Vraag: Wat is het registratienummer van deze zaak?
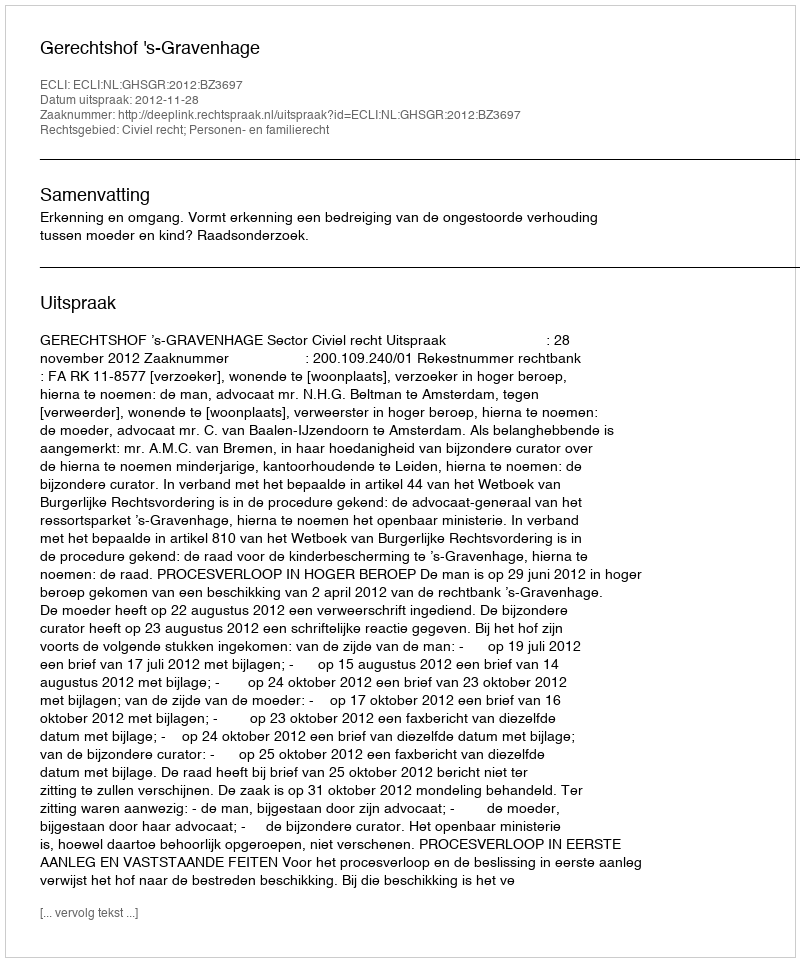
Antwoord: http://deeplink.rechtspraak.nl/uitspraak?id=ECLI:NL:GHSGR:2012:BZ3697